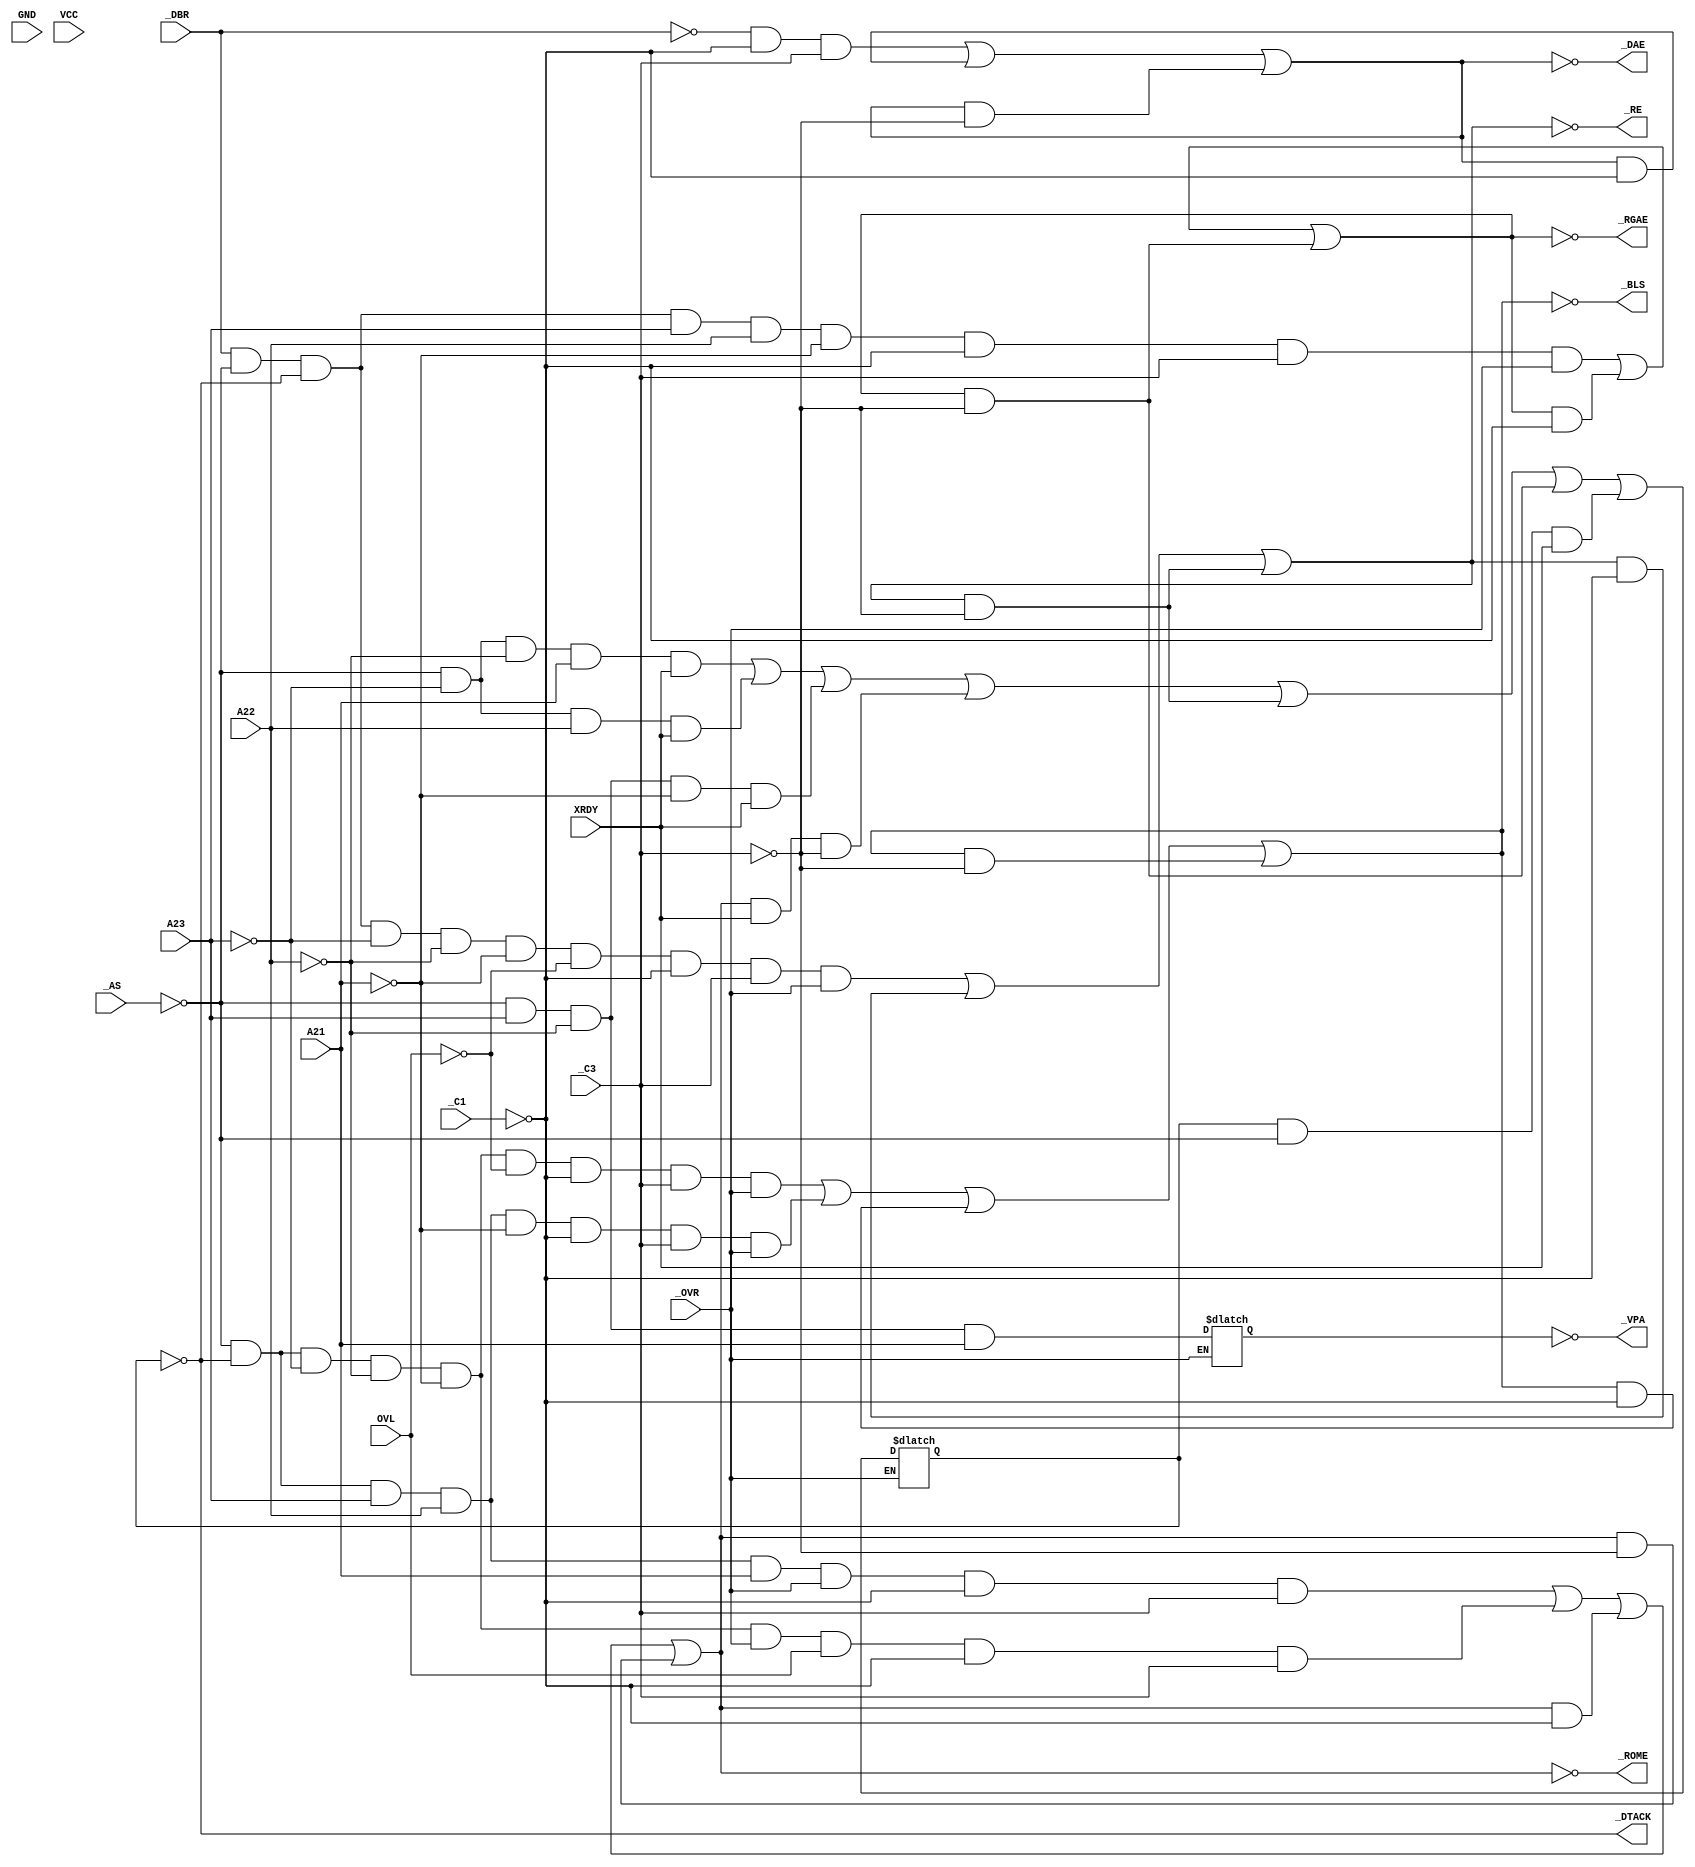
/*
 * Copyright (C) 2010, Jason S. McMullan. All rights reserved.
 *
 * This program is free software; you can redistribute it and/or
 * modify it under the terms of the GNU General Public License
 * as published by the Free Software Foundation; either version 2
 * of the License, or (at your option) any later version.
 *
 * This program is distributed in the hope that it will be useful,
 * but WITHOUT ANY WARRANTY; without even the implied warranty of
 * MERCHANTABILITY or FITNESS FOR A PARTICULAR PURPOSE.  See the
 * GNU General Public License for more details.
 *
 * You should have received a copy of the GNU General Public License
 * along with this program; if not, write to the Free Software
 * Foundation, Inc., 51 Franklin Street, Fifth Floor,
 * Boston, MA 02110-1301, USA.
 *
 */

module Amiga_PALEN (
	input	A23,	// Pin 1
	input	A22,	// Pin 2
	input	A21,	// Pin 3
	input	_AS,	// Pin 4
	input	_DBR,	// Pin 5
	input	OVL,	// Pin 6
	input	_OVR,	// Pin 7
	input	XRDY,	// Pin 8
	input	_C3,	// Pin 9
	input	GND,	// Pin 10
	input	_C1,	// Pin 11
	output	_VPA,	// Pin 12
	output	_ROME,	// Pin 13
	output	_DAE,	// Pin 14
	output	_RGAE,	// Pin 15
	output	_RE,	// Pin 16
	output	_DTACK,	// Pin 17
	output	_BLS,	// Pin 18
	input	VCC
);

reg VPA;
assign _VPA = !VPA;

wire AS;
assign AS = !_AS;

wire _A23;
assign _A23 = !A23;

wire _A22;
assign _A22 = !A22;

wire _A21;
assign _A21 = !A21;

reg  ROME;
assign _ROME = !ROME;

reg  RE;
assign _RE = !RE;

reg  DAE;
assign _DAE = !DAE;

reg  BLS;
assign _BLS = !BLS;

wire _OVL;
assign _OVL = !OVL;

wire DBR;
assign DBR = !_DBR;

wire C1;
wire C3;
assign C1 = !_C1;
assign C3 = !_C3;

reg DTACK;
assign _DTACK = !DTACK;

reg RGAE;
assign _RGAE = !RGAE;

// IF (/OVR) VPA = AS*A23*/A22*A21
initial VPA = 1'b0;
always @(*)
	if (_OVR == 1)
		#10 VPA <= AS && A23 && _A22 && A21;

// ROME        = AS*/DTACK*A23*A22*A21*/OVR*C1*/C3+
//                 AS*/DTACK*/A23*/A22*/A21*/OVR*OVL*C1*/C3+
//                 ROME*C1+
//                 ROME*C3
initial ROME = 1'b0;
always @(*)		// 0x000000 - 0x1fffff && 0xe00000 - 0xffffff
	#10 ROME  <= (AS && _DTACK && A23 && A22 && A21 && _OVR && C1 && _C3) ||
	             (AS && _DTACK && _A23 && _A22 && _A21 && _OVR && OVL && C1 && _C3) ||
	             (ROME && C1) || (ROME && C3);


//RE            = /DBR*AS*/DTACK*/A23*/A22*/A21*/OVL*C1*/C3*/OVR+
//                RE*C1+RE*C3
initial RE = 1'b0;
always @(*)		// 0x000000 - 0x1fffff
	#10 RE  <= (_DBR && AS && _DTACK && _A23 && _A22 && _A21 && _OVL && C1 && _C3 && _OVR) ||
	    (RE && C1) || (RE && C3);

// IF (/OVR) DTACK = AS*/A23*/A22*A21*XRDY+
//                   AS*/A23*A22*XRDY+
//                   AS*A23*/A22*/A21*XRDY+
//                   ROME*XRDY*C3+
//                   RE*C3+RGAE*C3+DTACK*AS*XRDY
initial DTACK = 1'b0;
always @(*)
	if (_OVR == 1)
		#10 DTACK <= (AS && _A23 && _A22 && A21 && XRDY) ||	// 0x200000 - 0x3ffffff
			     (AS && _A23 && A22 && XRDY) ||		// 0x400000 - 0x7ffffff
			     (AS && A23 && _A22 && _A21 && XRDY) ||	// 0x800000 - 0x9ffffff
			     (ROME && XRDY && C3) ||
			     (RE && C3) || (RGAE && C3) ||
			     (DTACK && AS && XRDY);
	     
//RGAE          = /DBR*AS*/DTACK*A23*A22*/A21*C1*/C3*/OVR+
//                RGAE*C1+RGAE*C3
initial RGAE = 1'b0;
always @(*)		// 0xc00000 - 0xdfffff
	#10 RGAE  <= (_DBR && AS && _DTACK && A23 && A22 && _A21 && C1 && _C3 && _OVR) ||
	      (RGAE && C1) || (RGAE && C3);

//DAE           = DBR*C1*/C3+
//                DAE*C1+DAE*C3
initial DAE = 1'b0;
always @(*)
	#10 DAE  <= (DBR && C1 && _C3) ||
	     (DAE && C1) || (DAE && C3);

//Blitter Slowdown
//BLS           = AS*/DTACK*/A23*/A22*/A21*/OVL*C1*/C3*/OVR+
//                AS*/DTACK*A23*A22*/A21*C1*/C3*/OVR+
//                BLS*C1+BLS*C3
initial BLS = 1'b0;
always @(*)		// 0x000000 - 0x1fffff && 0xc00000 - 0xdfffff
	#10 BLS  <= (AS && _DTACK && _A23 && _A22 && _A21 && _OVL && C1 && _C3 && _OVR) ||
	     (AS && _DTACK && A23 && A22 && _A21 && C1 && _C3 && _OVR) ||
	     (BLS && C1) || (BLS && C3);

endmodule